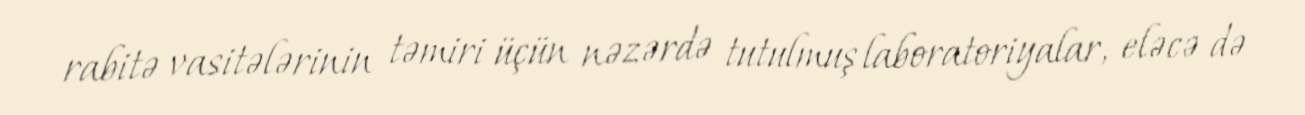
rabitə vasitələrinin təmiri üçün nəzərdə tutulmuş laboratoriyalar, eləcə də